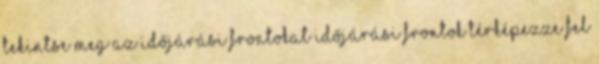
Tekintse meg az időjárási frontokat Időjárási frontok Térképezze fel